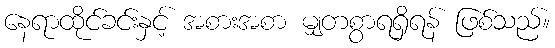
နေရာထိုင်ခင်းနှင့် အစားအစာ မျှတစွာရရှိရန် ဖြစ်သည်။